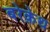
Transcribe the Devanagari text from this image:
बरेक़ेथ